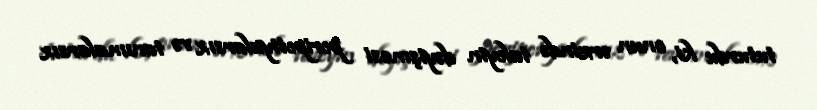
tuturdu ki, onun ərzində taleyin dəyişməsi peripetiyalarsız və tanımalarsız